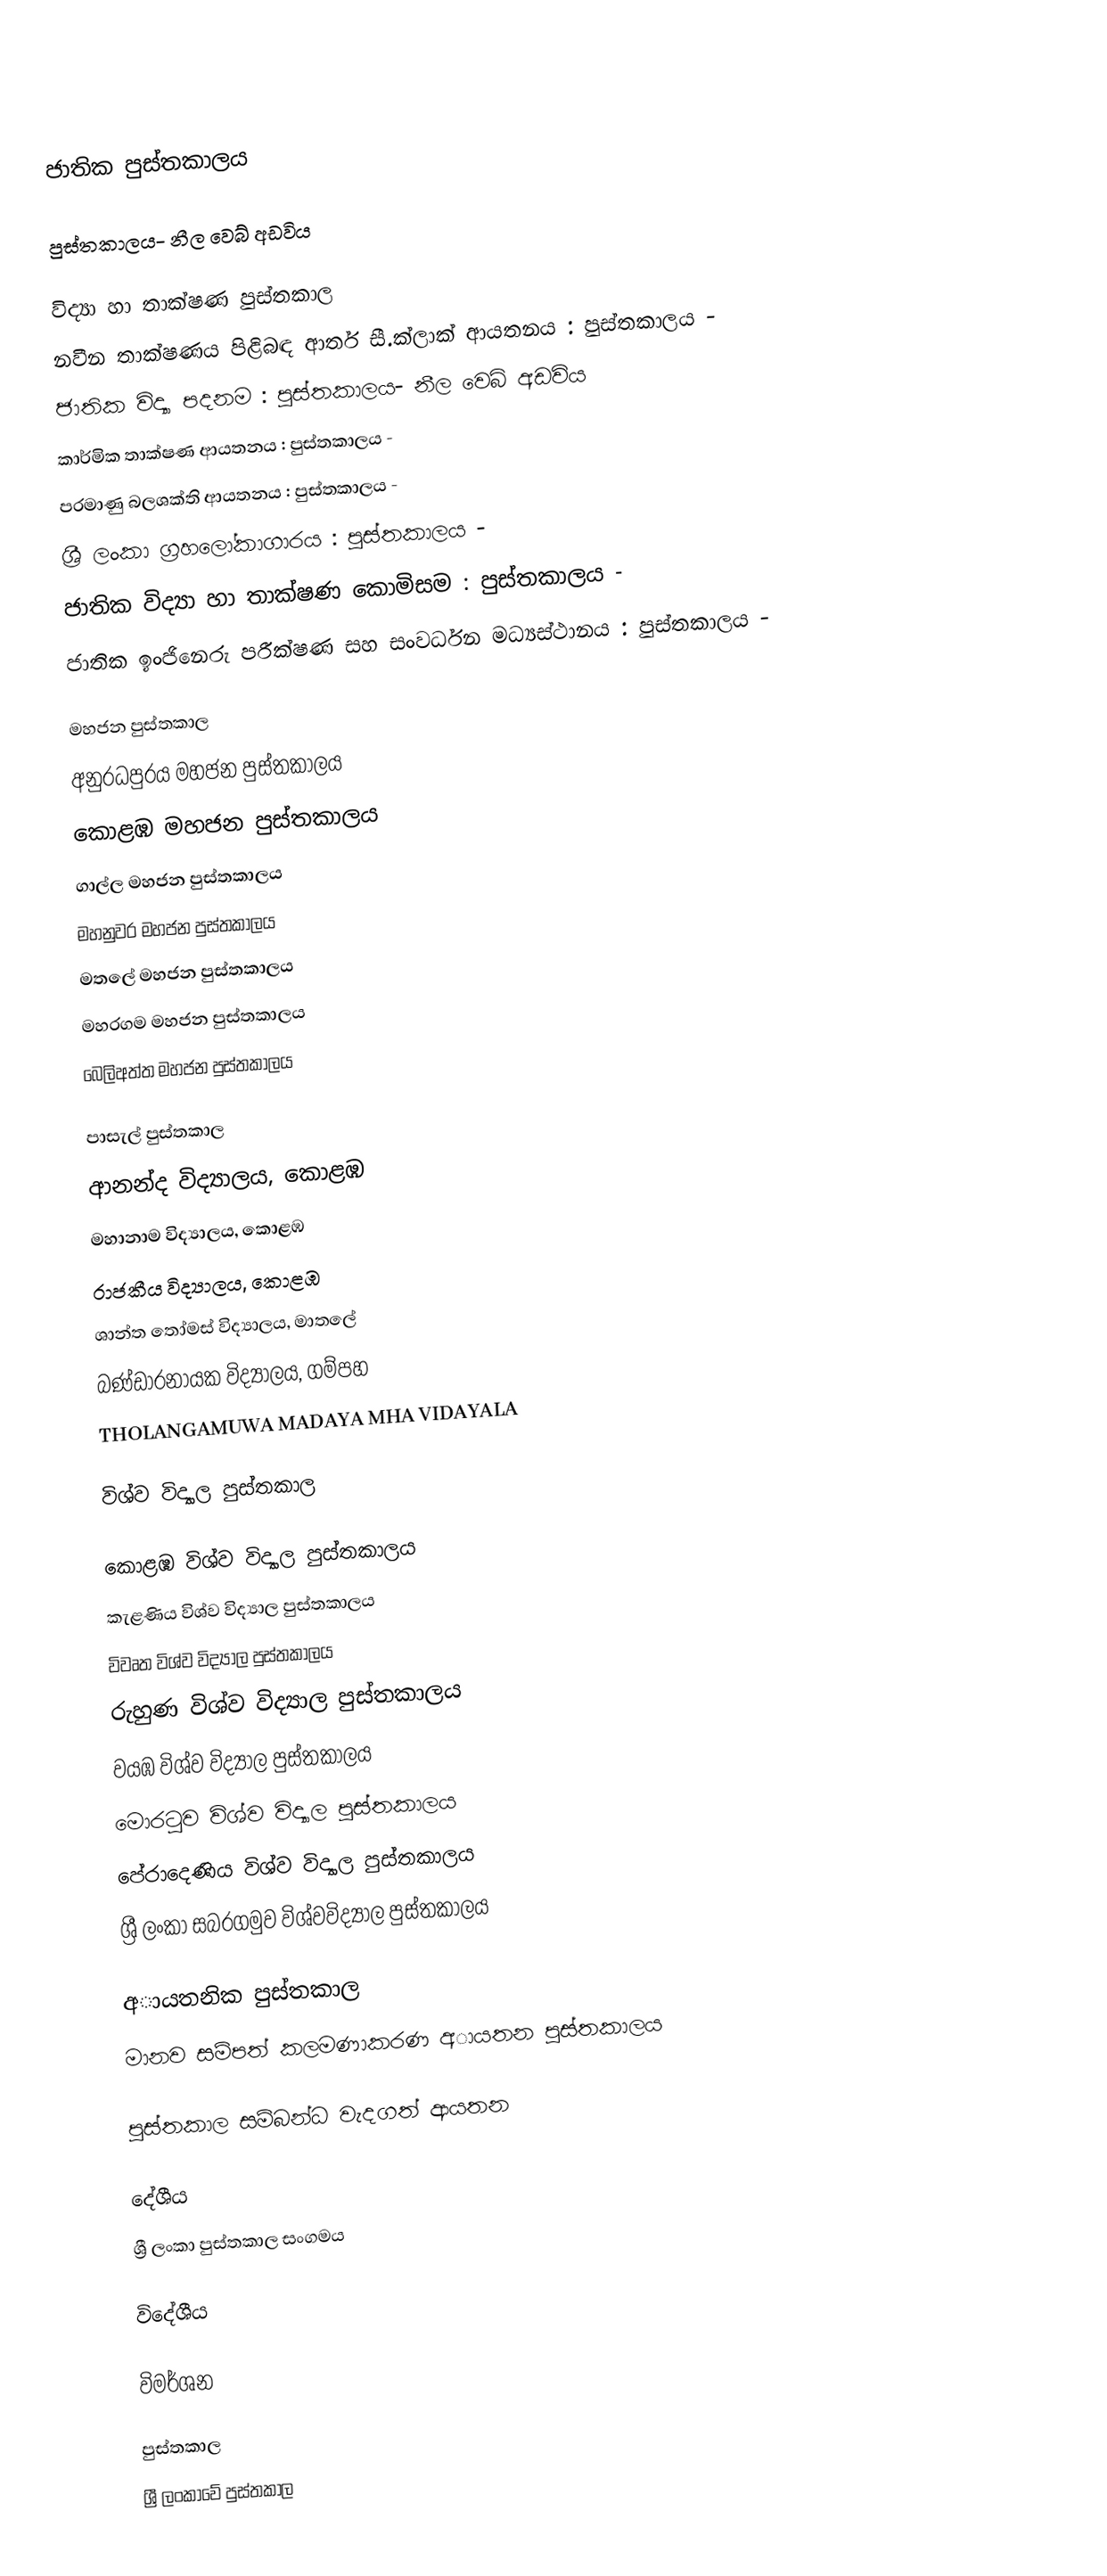

ජාතික පුස්තකාලය

පුස්තකාලය- නීල  වෙබ් අඩවිය

විද්‍යා හා තාක්ෂණ පුස්තකාල
නවීන තාක්ෂණය පිළිබඳ ආතර් සී.ක්ලාක් ආයතනය : පුස්තකාලය  -
ජාතික විද්‍යා පදනම  : පුස්තකාලය- නීල  වෙබ් අඩවිය
කාර්මික තාක්ෂණ ආයතනය : පුස්තකාලය  -
පරමාණු බලශක්ති ආයතනය : පුස්තකාලය  -
ශ්‍රී ලංකා ග්‍රහලෝකාගාරය : පුස්තකාලය  -
ජාතික විද්‍යා හා තාක්ෂණ කොමිසම : පුස්තකාලය  -
ජාතික ඉංජිනෙරු පරීක්ෂණ සහ සංවර්ධන මධ්‍යස්ථානය : පුස්තකාලය  -

මහජන පුස්තකාල
අනුරධපුරය මහජන පුස්තකාලය
කොළඹ මහජන පුස්තකාලය
ගාල්ල මහජන පුස්තකාලය
 මහනුවර මහජන පුස්තකාලය
මතලේ මහජන පුස්තකාලය
 මහරගම මහජන පුස්තකාලය
බෙලිඅත්ත මහජන පුස්තකාලය

පාසැල් පුස්තකාල
ආනන්ද විද්‍යාලය, කොළඹ
මහානාම විද්‍යාලය, කොළඹ
රාජකීය විද්‍යාලය, කොළඹ
ශාන්ත තෝමස් විද්‍යාලය, මාතලේ
බණ්ඩාරනායක විද්‍යාලය, ගම්පහ
THOLANGAMUWA MADAYA MHA VIDAYALA

විශ්ව විද්‍යාල  පුස්තකාල

කොළඹ විශ්ව විද්‍යාල  පුස්තකාලය
කැළණිය විශ්ව විද්‍යාල  පුස්තකාලය
විවෘත විශ්ව විද්‍යාල  පුස්තකාලය
රුහුණ විශ්ව විද්‍යාල  පුස්තකාලය
වයඹ විශ්ව විද්‍යාල  පුස්තකාලය
මොරටුව විශ්ව විද්‍යාල  පුස්තකාලය
පේරාදෙණිය විශ්ව විද්‍යාල  පුස්තකාලය
ශ්‍රී ලංකා‍ සබරගමුව විශ්වවිද්‍යාල  පුස්තකාලය

අායතනික පුස්තකාල
මානව සම්පත් කලමණාකරණ අායතන පුස්තකාලය

පුස්තකාල සම්බන්ධ වැදගත් ආයතන

දේශීය
ශ්‍රී ලංකා පුස්තකාල සංගමය

විදේශීය

විමර්ශන

පුස්තකාල
ශ්‍රී ලංකාවේ පුස්තකාල